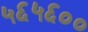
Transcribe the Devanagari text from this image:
५६५६००